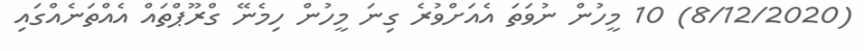
(8/12/2020) 10 މީހުން ނުވަތަ އެއަށްވުރެ ގިނަ މީހުން ހިމެނޭ ގްރޫޕްތައް އެއްތަނެއްގައި